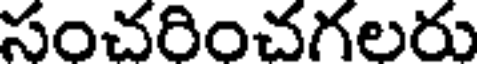
సంచరించగలరు